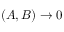
( A , B ) \rightarrow 0